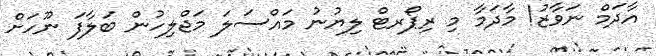
އާދަމް ނަވާޒު! މާދަމާ މި ރިޕޯރޓް ލިޔުނު މައްސަލަ މަޖްލިހުން ބަލާފަ ނޫހަށް